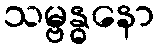
သမ္ဗန္ဓနော